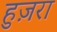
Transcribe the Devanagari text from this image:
हुज़रा